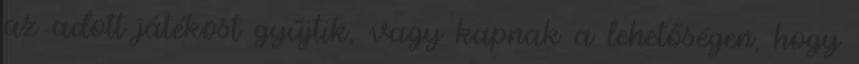
az adott játékost gyűjtik, vagy kapnak a lehetőségen, hogy